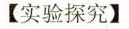
【实验探究】